Civil Veterinary Dept. North-West Frontier Province 1923-32 - 1923-1932
Year: 1923
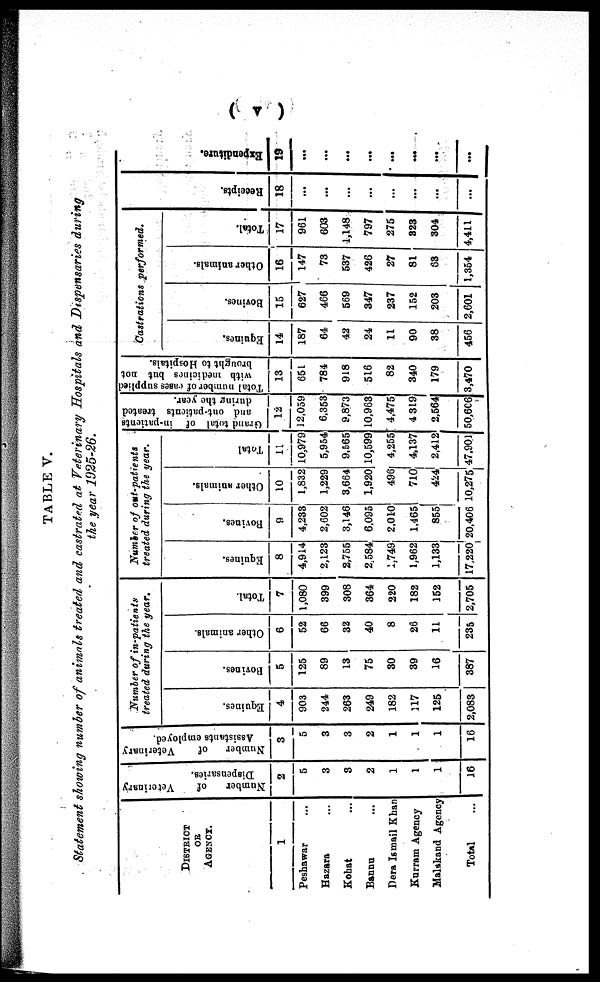
(v)
TABLE V.
Statement showing number of animals treated and castrated at Veterinary Hospitals and Dispensaries during
the year 1925-26.
DISTRICT
OR
AGENCY.
1
Peshawar ...
Hazara ...
Kohat ...
Bannu...
Dera Ismail Khan
Kurram Agency
Malakand Agency
Total ...
Number
of
Veterinary
Dispensaries.
2
5
3
3
2
1
1
1
16
Number
of
Veterinary
Assistants employed.
3
5
3
3
2
1
1
1
16
Number of in-patients
treated during the year.
Equines.
4
903
244
263
249
182
117
125
2,083
Bovines.
5
125
89
13
75
80
39
16
387
Other animals.
6
52
66
32
40
8
26
11
235
Tot al .
7
1,080
399
308
364
220
182
152
2,705
Number of out-patients
treated during the year.
Equines.
8
4,914
2,123
2,755
2.584
1,749
1,962
1,133
17,220
Bovi nes .
9
4,238
2,602
3,146
6,095
2,010
1,465
855
20,406
Ot her animals.
10
1,832
1,229
3,664
1,920
496
710
424
10,275
Total
11
10,979
5,954
9,565
10,599
4,255
4,137
2,412
47.901
Grand total of in-patients
and out-patients treated
during the year.
12
12,059
6,353
9,873
10,963
4,475
4 319
2,564
50,606
Total number of cases supplied
with medicines but not
brought to Hospitals.
13
651
784
918
516
82
340
179
3,470
Castrations
performed.
Equi nes .
14
187
64
42
24
11
90
38
456
Bovines.
15
627
466
569
347
237
152
203
2,601
Ot her animals.
16
147
73
537
426
27
81
63
1,354
Tot al .
17
961
603
1,148
797
275
323
304
4,411
Receipts.
18
...
...
...
...
...
...
...
...
Expendi t
ur e.
19
...
...
...
...
...
...
...
...